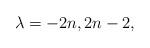
LaTeX: \begin{align*}\lambda=-2n,2n-2,\end{align*}